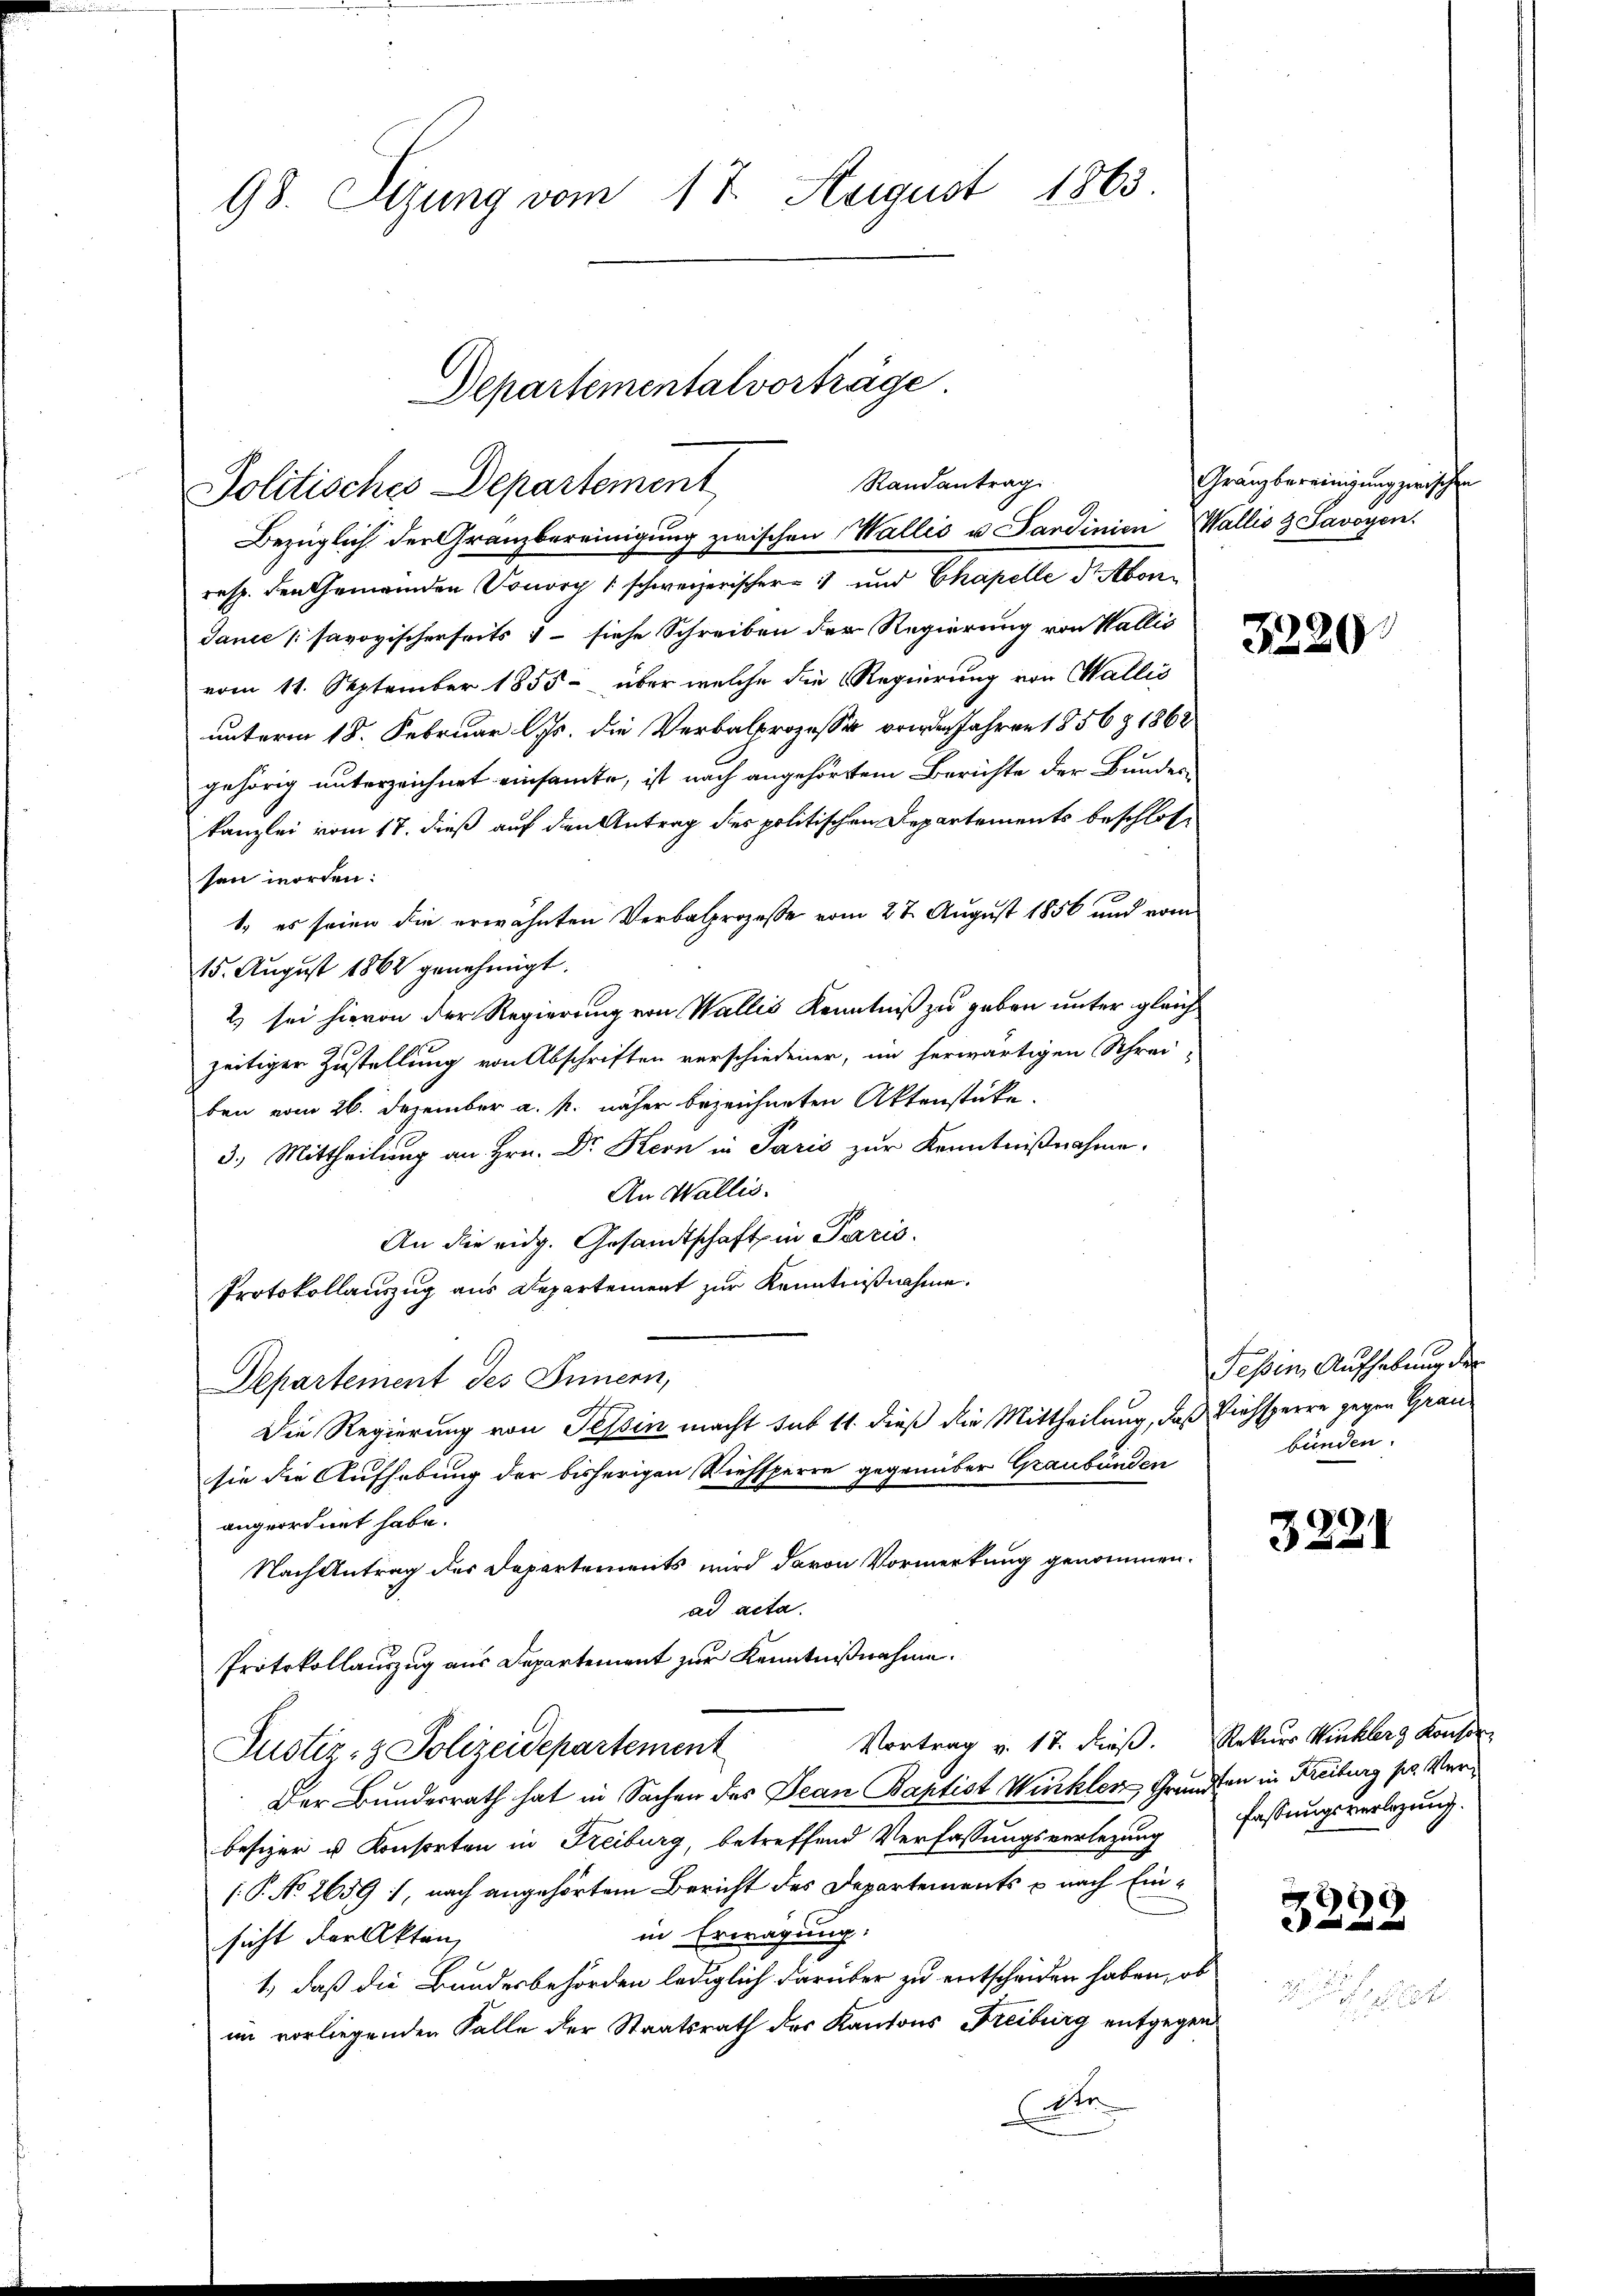
93. Sizung vom 17. August 1863

Departemental vorträge
Randantrag
Politisches Departement
Bezüglich der Granzbereinigung zwischen Wallis u Sardinien Wallis & Savoyen.

resp. den Gemeinden Sonory schweizerischer- und Chapelle d Abon¬
Janić savoyischerseits, – siehe Schreiben der Regierung von Wallis
vom 11. September 1855 - über welche die Regierung von Wallis
unterm 18. Februar l. Js. die Verbalprozesser von den Jahren 1856 § 1862
gehörig unterzeichnet einsamte, ist nach angehörtem Berichte der Bundeskanzlei vom 17. dieß auf den Antrag des politischen Departements beschlossen worden.
1. es seien die erwähnten Verbalprozesse vom 27. August 1856 und vom
15. August 1862 genehmigt.
2) sei hievon der Regierung von Wallis Kenntniß zu geben unter gleich
zeitiger Zustellung von Abschriften verschiedener, im herwärtigen Schrei-
ben vom 26. Dezember a. p. näher bezeichneten Aktenstücke.
3.) Mittheilung an Hrn. Dr. Kern in Paris zur Kenntnißnahme.
An Wallis.
An die eidg. Gesandtschaft in Paris.
Protokollauszug aus Departement zur Kenntnißnahme.
Departement des Innern,
schehen
Die Regierung von Tessin macht sub 11. dieß die Mittheilung, daß Viehsperre gegen Grausie die Aufhebung der bisherigen Viehsperre gegenüber Graubünden
angeordnet habe.
Nach Antrag des Departements wird davon Vormerkung genommen.
ad acta.
Protokollauszug aus Departement zur Kenntnißnahme.
Vortrag v. 17. dieß. Rekurs Winkler Konsor
Justiz- & Polizeidepartement
Der Bundesrath hat in Sachen des Jean Baptist Winkler Grundten in Freiburg pr. Verbesizer u Konsorten in Freiburg, betreffend Verfassungsverlegung
(P. No 2659, nach angehörtem Bericht des Departements u nach Einin Erwägung.
sicht der Akten,
1., daß die Bundesbehörden lediglich darüber zu entscheiden haben, ob
im vorliegenden Falle der Staatsrath des Kantons Freiburg entgegen
Ente

Granzbereinigung zwischen

3220

Tessin, Aufhebung der
bünden.

3221

fassungsverlegung.

)
22 x